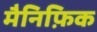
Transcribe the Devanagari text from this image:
मैनिफ़िक